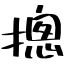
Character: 摠